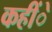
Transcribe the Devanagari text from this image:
कहींे